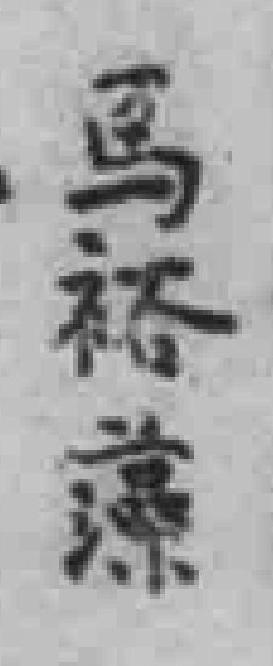
马裕藻